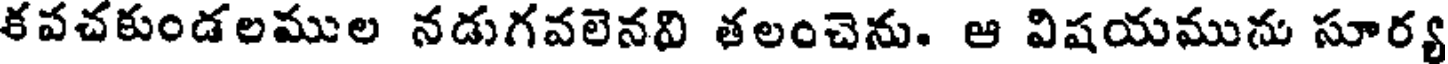
కవచకుండలముల నడుగవలెనవి తలంచెను. ఆ విషయమును సూర్య